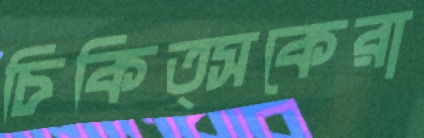
চিকিত্সকেরা